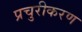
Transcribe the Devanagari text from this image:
प्रचुरीकरण